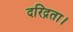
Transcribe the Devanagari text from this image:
दरिद्रता।